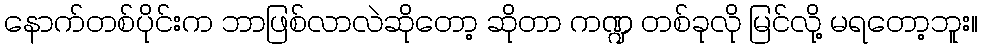
နောက်တစ်ပိုင်းက ဘာဖြစ်လာလဲဆိုတော့ ဆိုတာ ကဏ္ဍ တစ်ခုလို မြင်လို့ မရတော့ဘူး။